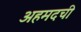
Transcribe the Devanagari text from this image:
अहमदची